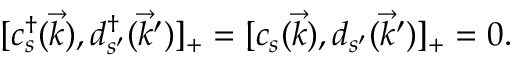
[ c _ { s } ^ { \dag } ( \vec { k } ) , d _ { s ^ { \prime } } ^ { \dag } ( \vec { k } ^ { \prime } ) ] _ { + } = [ c _ { s } ( \vec { k } ) , d _ { s ^ { \prime } } ( \vec { k } ^ { \prime } ) ] _ { + } = 0 .